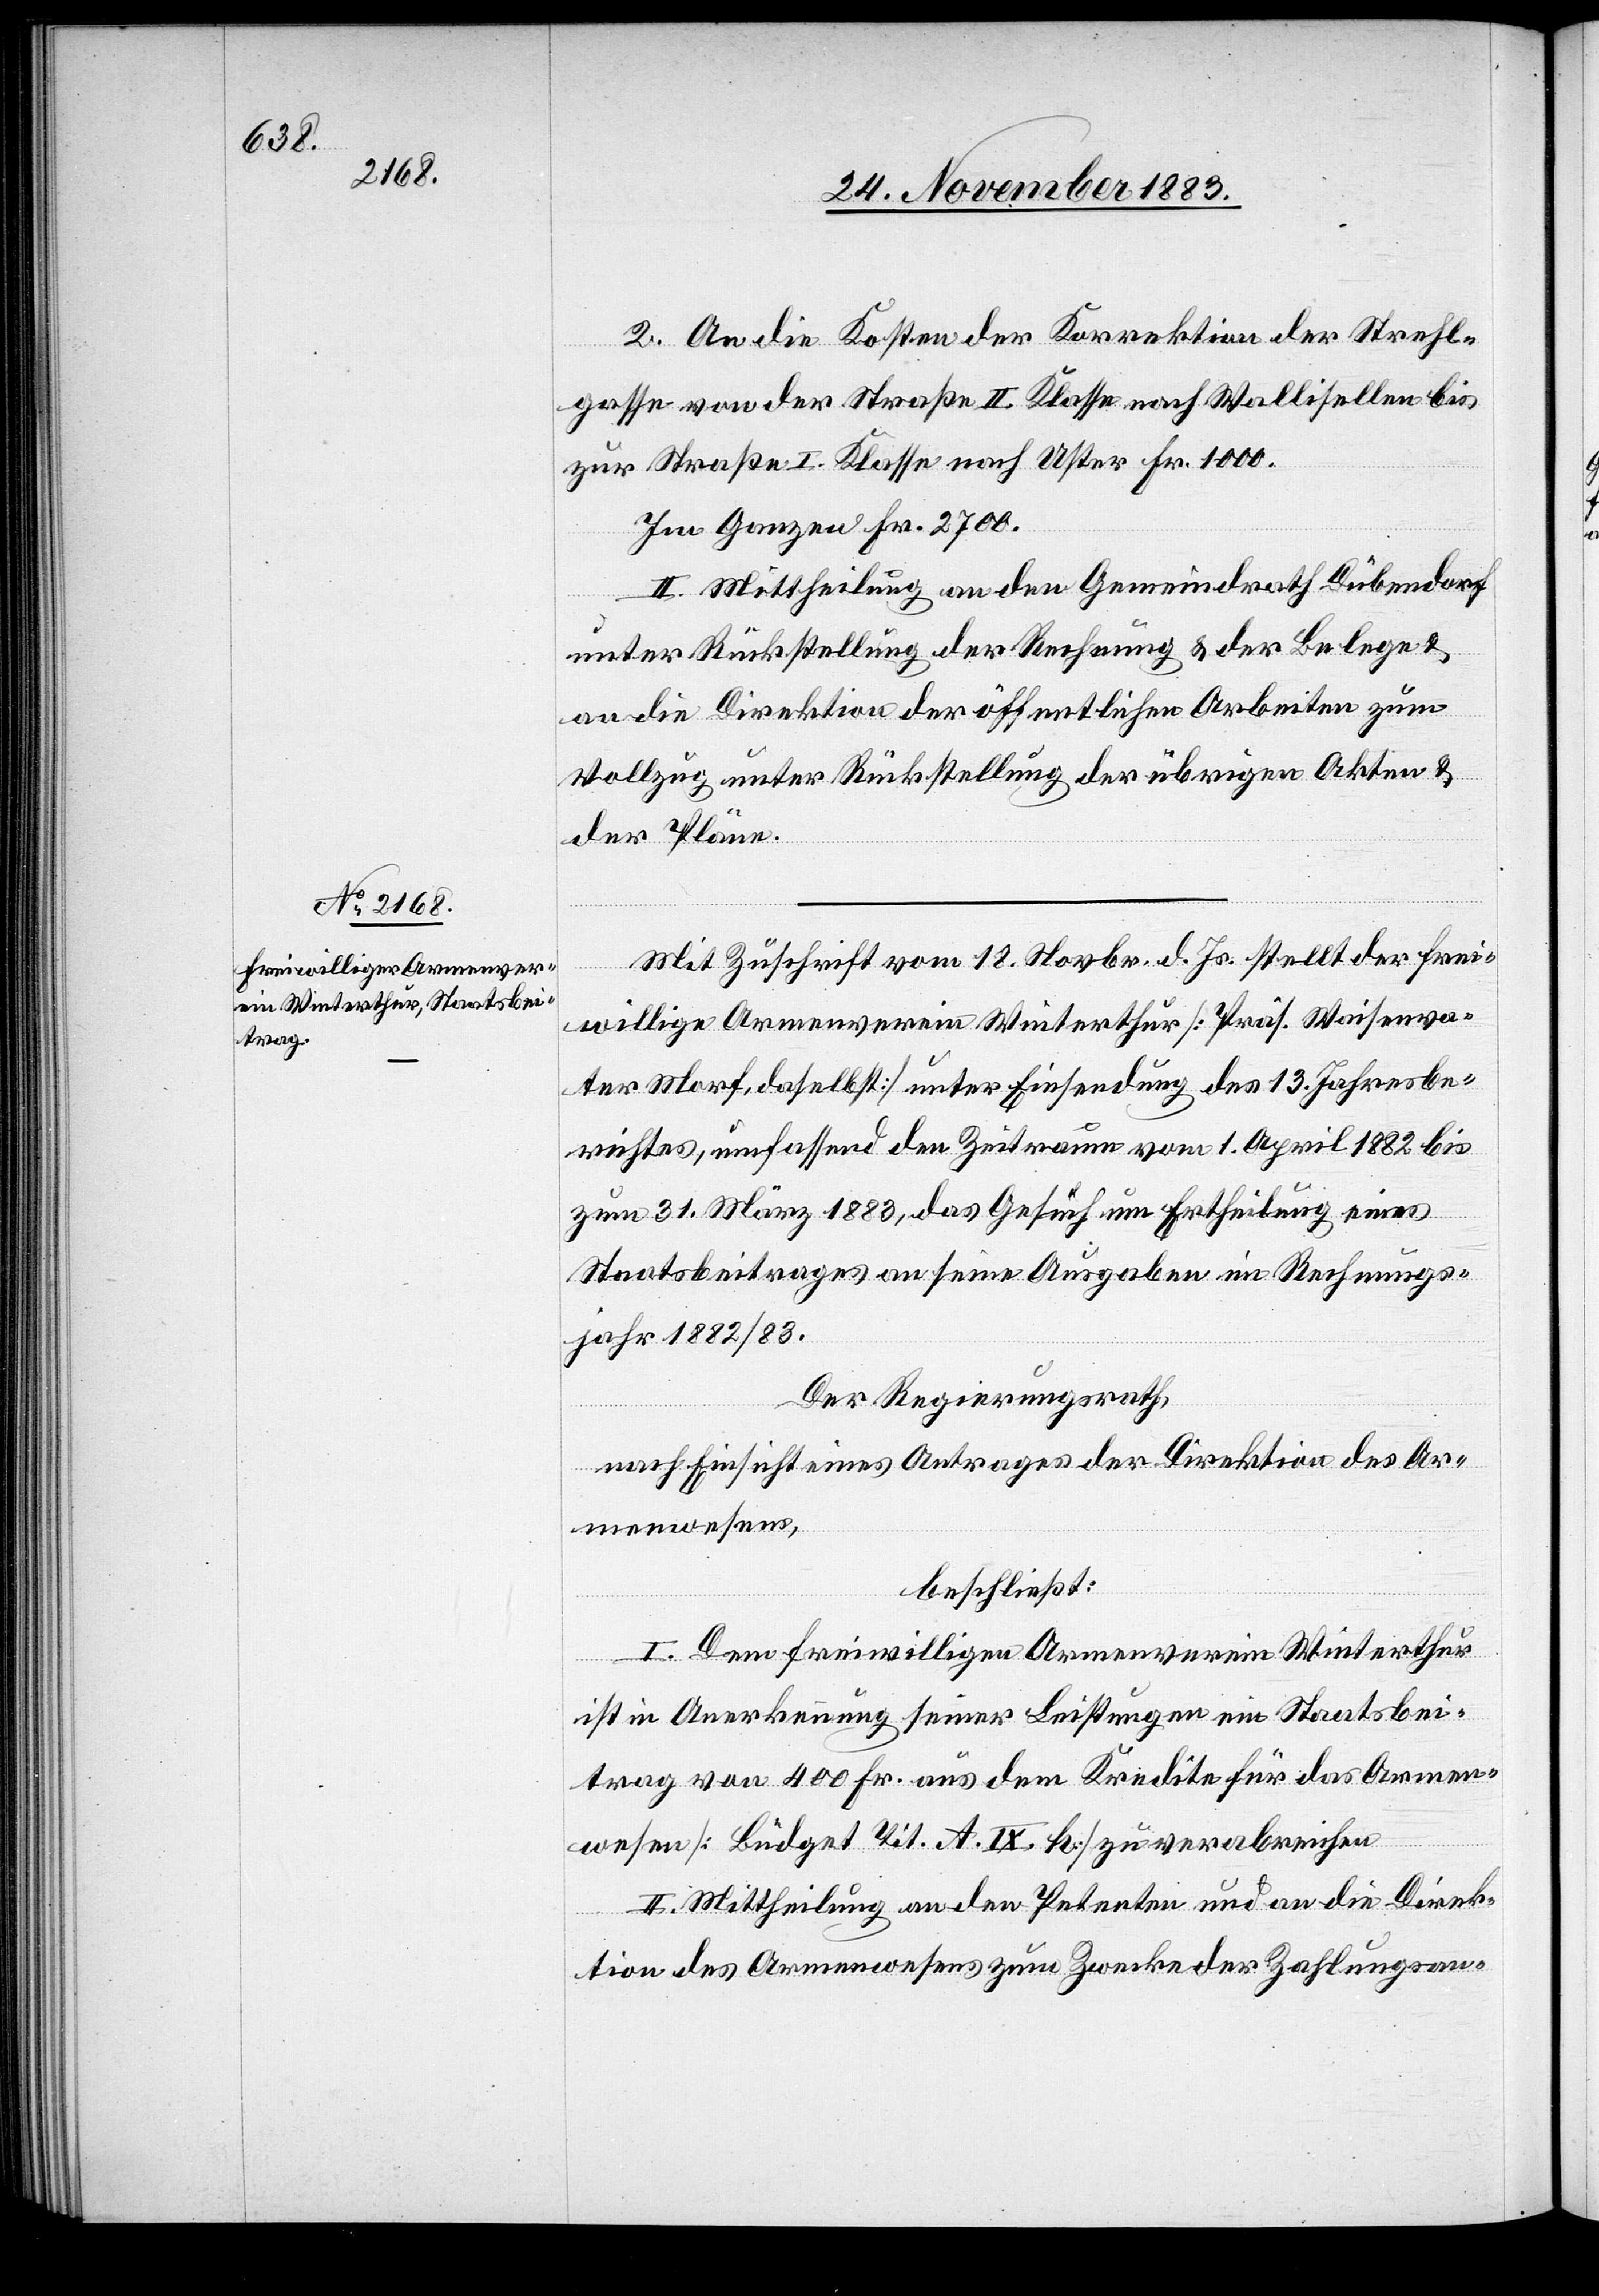
2. An die Kosten der Korrektion der Strehl¬
gasse von der Straße II. Klasse nach Wallisellen bis
zur Straße I. Klasse nach Uster Fr. 1000.
Im Ganzen Fr. 2700.
II. Mittheilung an den Gemeindrath Dübendorf
unter Rückstellung der Rechnung & der Belege &
an die Direktion der öffentlichen Arbeiten zum
Vollzug unter Rückstellung der übrigen Akten &
der Pläne.
Mit Zuschrift vom 18. Novbr. d. Js. stellt der frei¬
willige Armenverein Winterthur [Präs. Waisenva¬
ter Morf, daselbst] unter Einsendung des 13. Jahresbe¬
richtes, umfassend den Zeitraum vom 1. April 1882 bis
zum 31. März 1883, das Gesuch um Ertheilung eines
Staatsbeitrages an seine Ausgaben im Rechnungs¬
jahr 1882/82.
Der Regierungsrath,
nach Einsicht eines Antrages der Direktion des Ar¬
menwesens,
beschließt:
I. Dem freiwilligen Armenverein Winterthur
ist in Anerkennung seiner Leistungen ein Staatsbei¬
trag von 400 Fr. aus dem Kredite für das Armen¬
wesen [Büdget Tit. A. IX. H] zu verabreichen[.]
II. Mittheilung an den Petenten und an die Direk¬
tion des Armenwesens zum Zwecke der Zahlungsan-